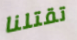
تقتلنا